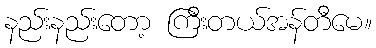
နည်းနည်းတော့ ကြီးတယ်အန်တီမေ။